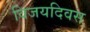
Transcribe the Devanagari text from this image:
विजयदिवस